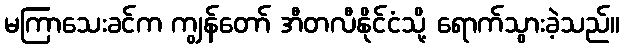
မကြာသေးခင်က ကျွန်တော် အီတလီနိုင်ငံသို့ ရောက်သွားခဲ့သည်။